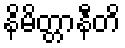
နိမိတ္တာနီတိ